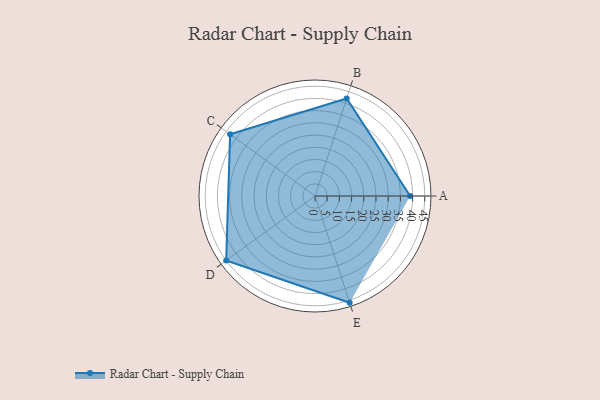
{"axis": {"x": "Skill", "y": "Score"}, "legend": ["Profile"], "data": [{"x": "A", "y": 39.0, "type": "Profile"}, {"x": "B", "y": 42.0, "type": "Profile"}, {"x": "C", "y": 43.0, "type": "Profile"}, {"x": "D", "y": 45.0, "type": "Profile"}, {"x": "E", "y": 46.0, "type": "Profile"}]}